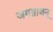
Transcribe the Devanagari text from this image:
जगन्नाथन्